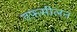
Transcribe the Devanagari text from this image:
तफ़सीलन